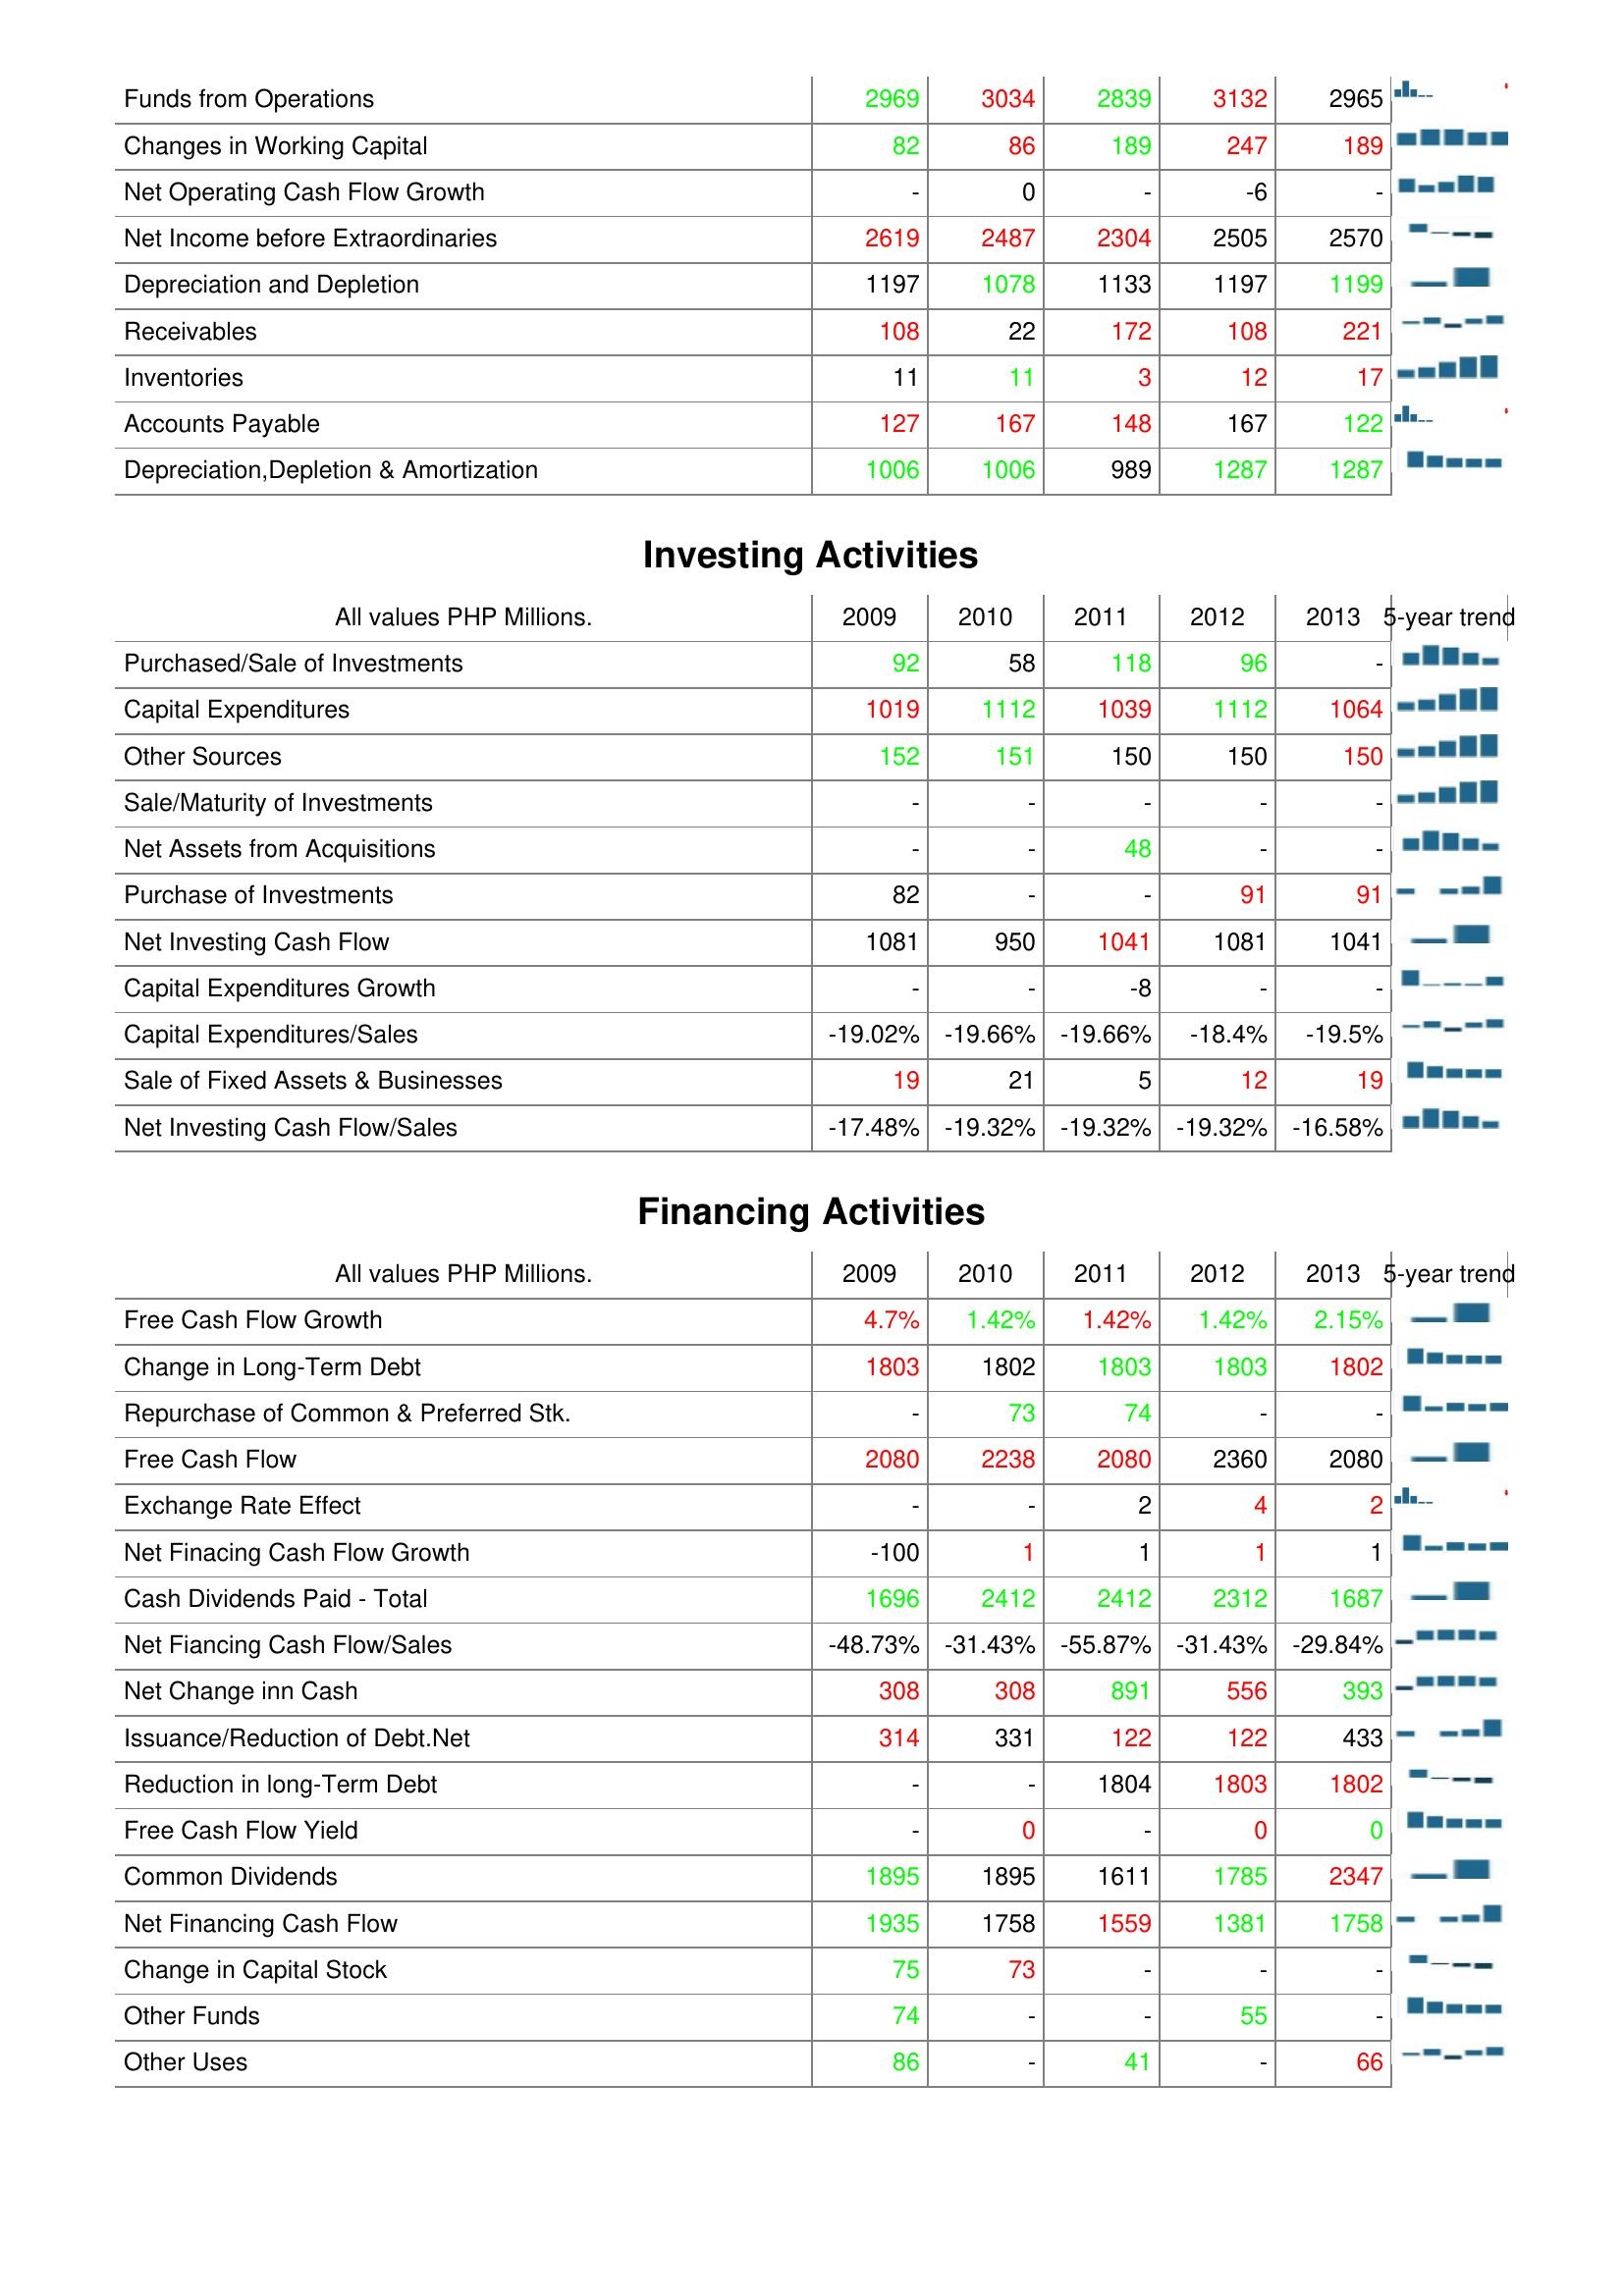
2009: Operating Activities: Funds from Operations: 2969
Changes in Working Capital: 82
Net Operating Cash Flow Growth: -
Net Income before Extraordinaries: 2619
Depreciation and Depletion: 1197
Receivables: 108
Inventories: 11
Accounts Payable: 127
Depreciation,Depletion & Amortization: 1006
Investing Activities: Purchased/Sale of Investments: 92
Capital Expenditures: 1019
Other Sources: 152
Sale/Maturity of Investments: -
Net Assets from Acquisitions: -
Purchase of Investments: 82
Net Investing Cash Flow: 1081
Capital Expenditures Growth: -
Capital Expenditures/Sales: -19.02%
Sale of Fixed Assets & Businesses: 19
Net Investing Cash Flow/Sales: -17.48%
Financing Activities: Free Cash Flow Growth: 4.7%
Change in Long-Term Debt: 1803
Repurchase of Common & Preferred Stk.: -
Free Cash Flow: 2080
Exchange Rate Effect: -
Net Finacing Cash Flow Growth: -100
Cash Dividends Paid - Total: 1696
Net Fiancing Cash Flow/Sales: -48.73%
Net Change inn Cash: 308
Issuance/Reduction of Debt.Net: 314
Reduction in long-Term Debt: -
Free Cash Flow Yield: -
Common Dividends: 1895
Net Financing Cash Flow: 1935
Change in Capital Stock: 75
Other Funds: 74
Other Uses: 86
2010: Operating Activities: Funds from Operations: 3034
Changes in Working Capital: 86
Net Operating Cash Flow Growth: 0
Net Income before Extraordinaries: 2487
Depreciation and Depletion: 1078
Receivables: 22
Inventories: 11
Accounts Payable: 167
Depreciation,Depletion & Amortization: 1006
Investing Activities: Purchased/Sale of Investments: 58
Capital Expenditures: 1112
Other Sources: 151
Sale/Maturity of Investments: -
Net Assets from Acquisitions: -
Purchase of Investments: -
Net Investing Cash Flow: 950
Capital Expenditures Growth: -
Capital Expenditures/Sales: -19.66%
Sale of Fixed Assets & Businesses: 21
Net Investing Cash Flow/Sales: -19.32%
Financing Activities: Free Cash Flow Growth: 1.42%
Change in Long-Term Debt: 1802
Repurchase of Common & Preferred Stk.: 73
Free Cash Flow: 2238
Exchange Rate Effect: -
Net Finacing Cash Flow Growth: 1
Cash Dividends Paid - Total: 2412
Net Fiancing Cash Flow/Sales: -31.43%
Net Change inn Cash: 308
Issuance/Reduction of Debt.Net: 331
Reduction in long-Term Debt: -
Free Cash Flow Yield: 0
Common Dividends: 1895
Net Financing Cash Flow: 1758
Change in Capital Stock: 73
Other Funds: -
Other Uses: -
2011: Operating Activities: Funds from Operations: 2839
Changes in Working Capital: 189
Net Operating Cash Flow Growth: -
Net Income before Extraordinaries: 2304
Depreciation and Depletion: 1133
Receivables: 172
Inventories: 3
Accounts Payable: 148
Depreciation,Depletion & Amortization: 989
Investing Activities: Purchased/Sale of Investments: 118
Capital Expenditures: 1039
Other Sources: 150
Sale/Maturity of Investments: -
Net Assets from Acquisitions: 48
Purchase of Investments: -
Net Investing Cash Flow: 1041
Capital Expenditures Growth: -8
Capital Expenditures/Sales: -19.66%
Sale of Fixed Assets & Businesses: 5
Net Investing Cash Flow/Sales: -19.32%
Financing Activities: Free Cash Flow Growth: 1.42%
Change in Long-Term Debt: 1803
Repurchase of Common & Preferred Stk.: 74
Free Cash Flow: 2080
Exchange Rate Effect: 2
Net Finacing Cash Flow Growth: 1
Cash Dividends Paid - Total: 2412
Net Fiancing Cash Flow/Sales: -55.87%
Net Change inn Cash: 891
Issuance/Reduction of Debt.Net: 122
Reduction in long-Term Debt: 1804
Free Cash Flow Yield: -
Common Dividends: 1611
Net Financing Cash Flow: 1559
Change in Capital Stock: -
Other Funds: -
Other Uses: 41
2012: Operating Activities: Funds from Operations: 3132
Changes in Working Capital: 247
Net Operating Cash Flow Growth: -6
Net Income before Extraordinaries: 2505
Depreciation and Depletion: 1197
Receivables: 108
Inventories: 12
Accounts Payable: 167
Depreciation,Depletion & Amortization: 1287
Investing Activities: Purchased/Sale of Investments: 96
Capital Expenditures: 1112
Other Sources: 150
Sale/Maturity of Investments: -
Net Assets from Acquisitions: -
Purchase of Investments: 91
Net Investing Cash Flow: 1081
Capital Expenditures Growth: -
Capital Expenditures/Sales: -18.4%
Sale of Fixed Assets & Businesses: 12
Net Investing Cash Flow/Sales: -19.32%
Financing Activities: Free Cash Flow Growth: 1.42%
Change in Long-Term Debt: 1803
Repurchase of Common & Preferred Stk.: -
Free Cash Flow: 2360
Exchange Rate Effect: 4
Net Finacing Cash Flow Growth: 1
Cash Dividends Paid - Total: 2312
Net Fiancing Cash Flow/Sales: -31.43%
Net Change inn Cash: 556
Issuance/Reduction of Debt.Net: 122
Reduction in long-Term Debt: 1803
Free Cash Flow Yield: 0
Common Dividends: 1785
Net Financing Cash Flow: 1381
Change in Capital Stock: -
Other Funds: 55
Other Uses: -
2013: Operating Activities: Funds from Operations: 2965
Changes in Working Capital: 189
Net Operating Cash Flow Growth: -
Net Income before Extraordinaries: 2570
Depreciation and Depletion: 1199
Receivables: 221
Inventories: 17
Accounts Payable: 122
Depreciation,Depletion & Amortization: 1287
Investing Activities: Purchased/Sale of Investments: -
Capital Expenditures: 1064
Other Sources: 150
Sale/Maturity of Investments: -
Net Assets from Acquisitions: -
Purchase of Investments: 91
Net Investing Cash Flow: 1041
Capital Expenditures Growth: -
Capital Expenditures/Sales: -19.5%
Sale of Fixed Assets & Businesses: 19
Net Investing Cash Flow/Sales: -16.58%
Financing Activities: Free Cash Flow Growth: 2.15%
Change in Long-Term Debt: 1802
Repurchase of Common & Preferred Stk.: -
Free Cash Flow: 2080
Exchange Rate Effect: 2
Net Finacing Cash Flow Growth: 1
Cash Dividends Paid - Total: 1687
Net Fiancing Cash Flow/Sales: -29.84%
Net Change inn Cash: 393
Issuance/Reduction of Debt.Net: 433
Reduction in long-Term Debt: 1802
Free Cash Flow Yield: 0
Common Dividends: 2347
Net Financing Cash Flow: 1758
Change in Capital Stock: -
Other Funds: -
Other Uses: 66